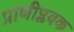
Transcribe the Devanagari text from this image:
प्राणीप्लवक